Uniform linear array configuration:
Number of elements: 16
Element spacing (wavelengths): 0.5
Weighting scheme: cosine
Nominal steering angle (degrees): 30
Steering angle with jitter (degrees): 29.521
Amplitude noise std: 0.05
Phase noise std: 0.05

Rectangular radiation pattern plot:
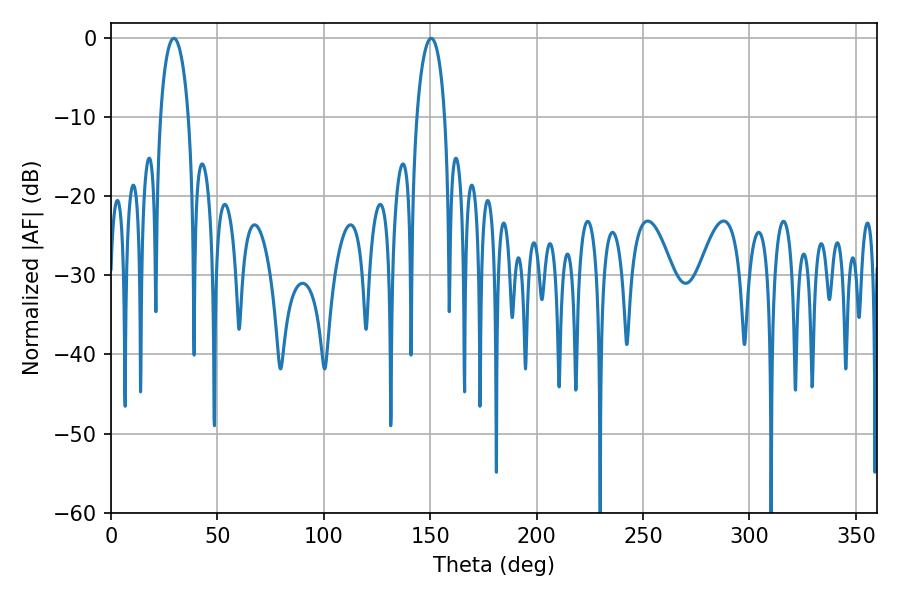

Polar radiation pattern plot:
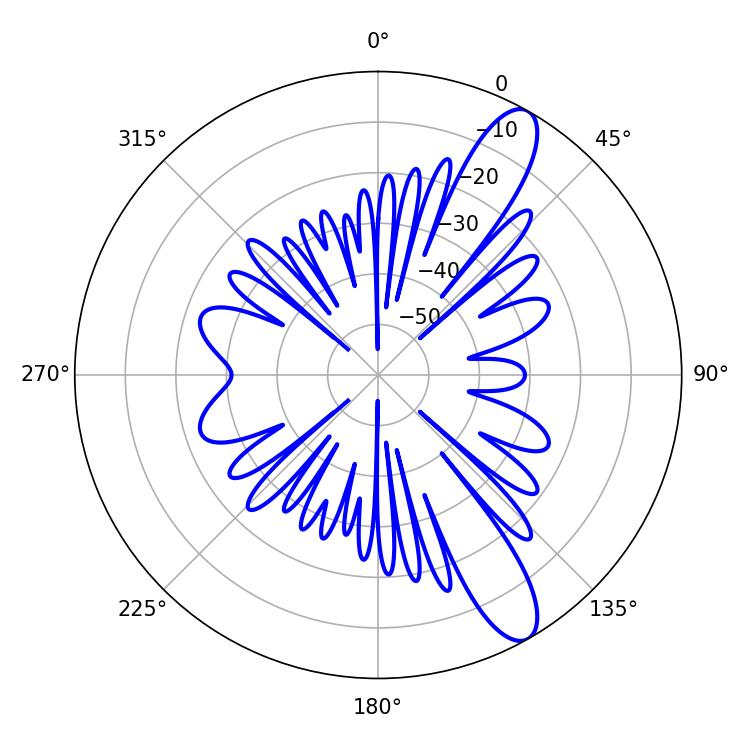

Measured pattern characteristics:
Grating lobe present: FALSE
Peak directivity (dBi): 11.57
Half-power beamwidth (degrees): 7.38
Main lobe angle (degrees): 29.52